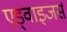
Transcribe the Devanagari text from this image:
एड्वाइजर्स